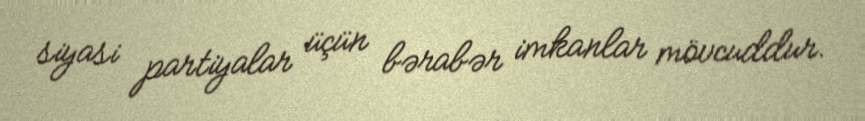
siyasi partiyalar üçün bərabər imkanlar mövcuddur.